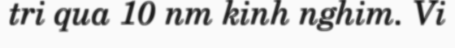
tri qua 10 nm kinh nghim. Vi